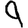
Digit: 9